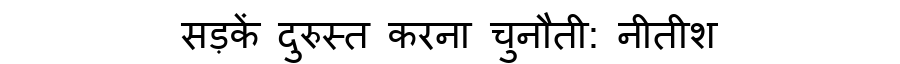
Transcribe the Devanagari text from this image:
सड़कें दुरुस्त करना चुनौती: नीतीश